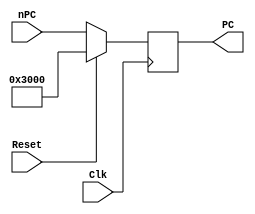
module PC(
    input Clk,
     input Reset,
     input [31:0] nPC,
    output reg[31:0] PC
    );
     
    initial begin
        PC <= 32'h0000_3000;
    end

    always @ (posedge Clk) begin
        if(Reset == 1)    PC <= 32'h0000_3000;
        else                PC <= nPC;
    end

endmodule